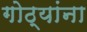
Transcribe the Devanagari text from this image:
गोठ्यांना